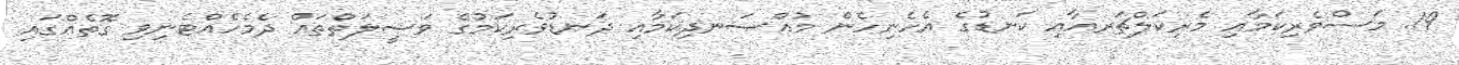
19. މަސްވެރިކަމާއި މެރިކަލްޗަރއާއި ކަނޑުގެ އެހެނިހެން މުއްސަނދިކަމާއި ދަނޑުވެރިކަމުގެ ވަސީލަތްތައް ދެމެހެއްޓެނިވި ގޮތެއްގައި